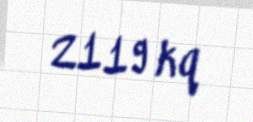
2119 kq